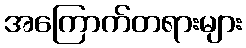
အကြောက်တရားများ